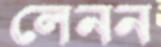
লেনন